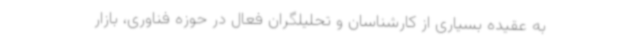
به عقیده بسیاری از کارشناسان و تحلیلگران فعال در حوزه فناوری، بازار